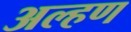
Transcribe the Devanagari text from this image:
अल्हण